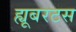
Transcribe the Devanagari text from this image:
ह्यूबरटस